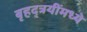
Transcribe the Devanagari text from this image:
बृहद्त्रयींमध्ये